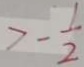
> - \frac { 1 } { 2 }